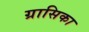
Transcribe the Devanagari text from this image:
ग्रासिका